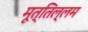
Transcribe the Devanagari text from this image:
मूत्तिल्लम